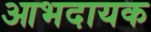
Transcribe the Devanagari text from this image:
आभदायक